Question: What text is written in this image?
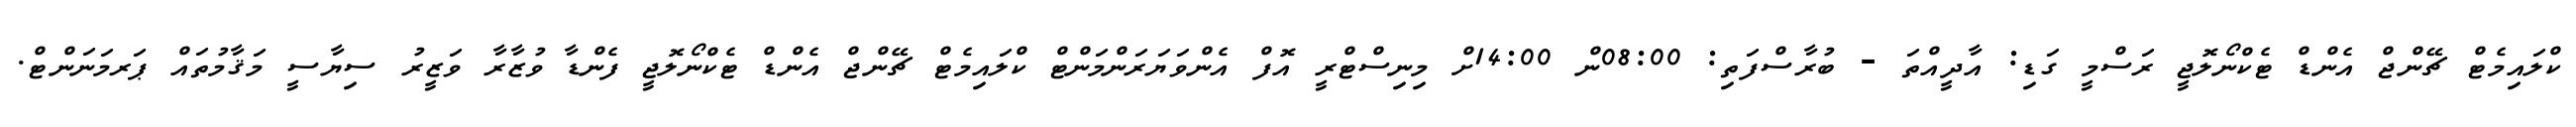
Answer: ކްލައިމެޓް ޗޭންޖް އެންޑް ޓެކްނޯލޮޖީ ރަސްމީ ގަޑި: އާދީއްތަ - ބުރާސްފަތި: 08:00ން 14:00ށް މިނިސްޓްރީ އޮފް އެންވަޔަރަންމަންޓް ކްލައިމެޓް ޗޭންޖް އެންޑް ޓެކްނޯލޮޖީ ފެންޑާ ވުޒާރާ ވަޒީރު ސިޔާސީ މަޤާމުތައް ޕަރމަނަންޓް.